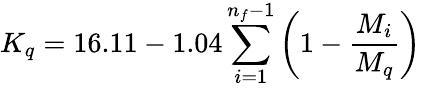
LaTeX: K_{q}=16.11-1.04\sum_{i=1}^{n_{f}-1}\left(1-\frac{M_{i}}{M_{q}}\right)